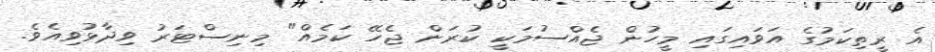
އެ ރީތިކަމުގެ އަވައިގައި މީހުން ޖެއްސުމަކީ ކުރަން ޖެހޭ ކަމެއް" މިނިސްޓަރު ވިދާޅުވިއެވެ.